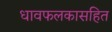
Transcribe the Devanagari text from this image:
धावफलकासहित